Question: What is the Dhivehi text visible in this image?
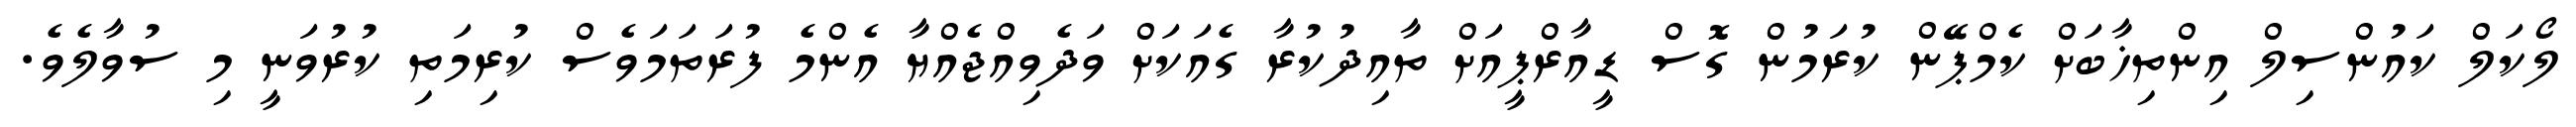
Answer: ލޯކަލް ކައުންސިލް އިންތިޚާބަށް ކެމްޕޭން ކުރަމުން ގޮސް ޑީއާރްޕީއަށް ތާއިދުކުރާ ގެއަކަށް ވަދެވިއްޖެއްޔާ އެންމެ ފުރަތަމަވެސް ކުރިމަތި ކުރުވަނީ މި ސުވާލެވެ.